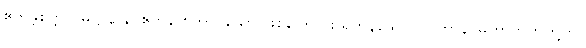
ဧကန္တစိတ္တသမုဋ္ဌာနာနိ၊ ဧကန် စိတ်ဟူသော ဖြစ်ကြောင်း ရှိကုန်သော။ ဘူတာနိ၊ မဟာဘုတ်တို့ကို။